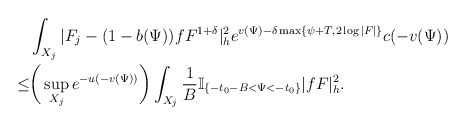
\begin{align*}&\int_{X_j}|F_{j}-(1-b(\Psi))fF^{1+\delta}|_{h}^2e^{v(\Psi)-\delta \max\{\psi+T,2\log|F|\}}c(-v(\Psi))\\\le&\bigg(\sup_{X_j}e^{-u(-v(\Psi))}\bigg)\int_{X_j}\frac{1}{B}\mathbb{I}_{\{-t_0-B<\Psi<-t_0\}} |fF|^2_h.\end{align*}